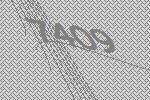
7409